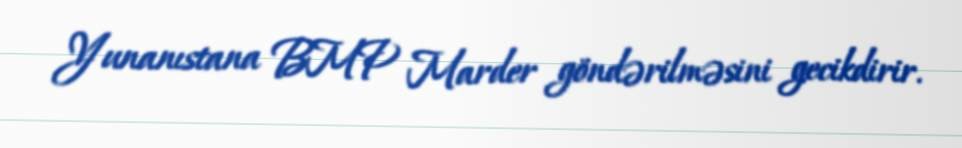
Yunanıstana BMP Marder göndərilməsini gecikdirir.